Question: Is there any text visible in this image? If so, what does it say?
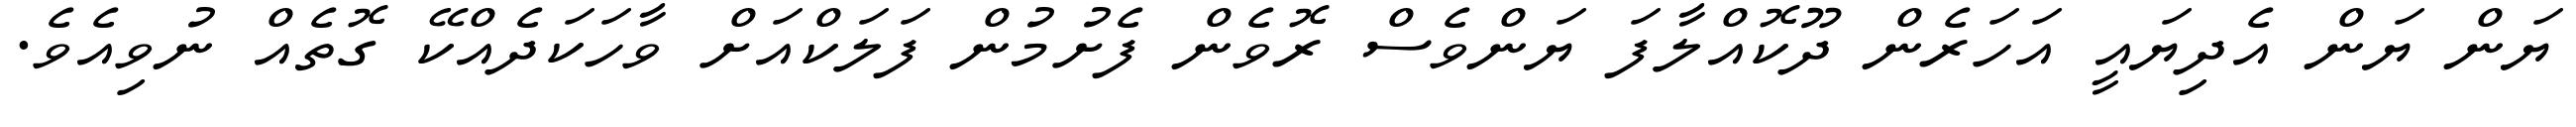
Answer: ޔަން ޔަން އެދިޔައީ އަހަރެން ދޫކޮއްލާފަ ޔަންވެސް ރޮވެން ފެށުމުން ފަލަކްއަށް ވާހަކަދެއްކޭ ގޮތެއް ނުވިއެވެ.